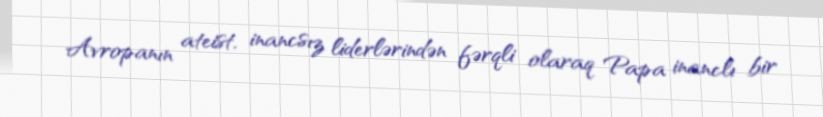
Avropanın ateist, inancsız liderlərindən fərqli olaraq Papa inanclı bir